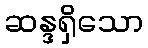
ဆန္ဒရှိသော